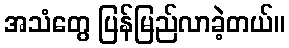
အသံတွေ ပြန်မြည်လာခဲ့တယ်။